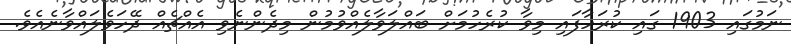
ނަމުގައި 1903 ގައި ކުރަހާފައި މިވާ ކުރެހުމަށް ބައްލަވާލެއްވުމުން މިދެންނެވި އެއްޗެއް ދޭހަވެލައްވާނެއެވެ.